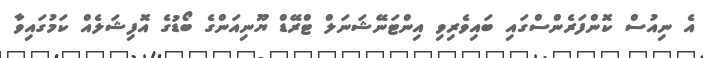
އެ ނިއުސް ކޮންފަރެންސްގައި ބައިވެރިވި އިންޓަނޭޝަނަލް ޓްރޭޑް ޔޫނިއަންގެ ބޯޑުގެ އޮފިޝަލެއް ކަމުގައިވާ